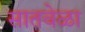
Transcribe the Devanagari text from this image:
सातवेळा